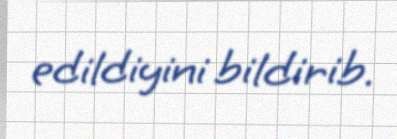
edildiyini bildirib.